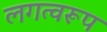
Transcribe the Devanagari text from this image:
लगत्वरूप